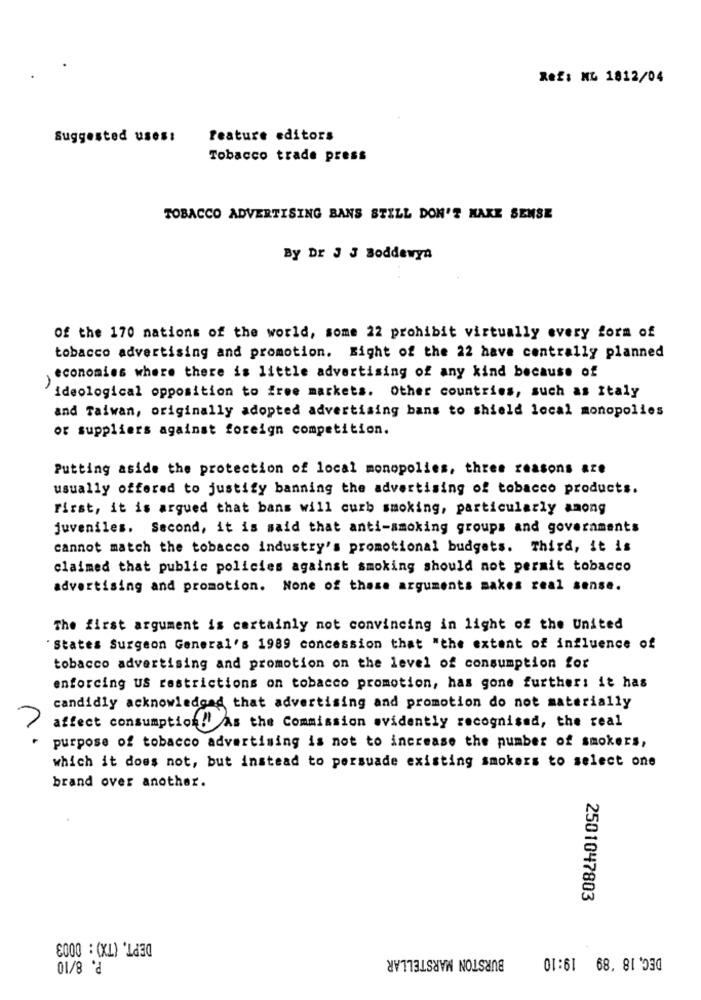
Ref: ML 1812/04
Suggested uses:
Feature editors
Tobacco trade press
TOBACCO ADVERTISING BANS STILL DON'T MAKE SENSE
By Dr J J Boddewyn
Of the 170 nations of the world, some 22 prohibit virtually every form of
tobacco advertising and promotion. Eight of the 22 have centrally planned
economies where there is little advertising of any kind because of
ideological opposition to free markets. Other countries, such as Italy
and Taiwan, originally adopted advertising bans to shield local monopolies
or suppliers against foreign competition.
Putting aside the protection of local monopolies, three reasons are
usually offered to justify banning the advertising of tobacco products.
First, it is argued that bans will curb smoking, particularly among
juveniles. Second, it is said that anti-smoking groups and governments
cannot match the tobacco industry's promotional budgets. Third, it is
claimed that public policies against smoking should not permit tobacco
advertising and promotion. None of these arguments makes real sense.
The first argument is certainly not convincing in light of the United
"States Surgeon General's 1989 concession that "the extent of influence of
tobacco advertising and promotion on the level of consumption for
enforcing US restrictions on tobacco promotion, has gone further: it has
candidly acknowledged that advertising and promotion do not materially
affect consumption!' As the Commission evidently recognised, the real
1.
purpose of tobacco advertising is not to increase the number of smokers,
which it does not, but instead to persuade existing smokers to select one
brand over another.
2501047803
DEPT. (TX) : 0003
BURSTON MARSTELLAR
P. 8/10